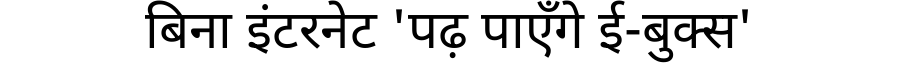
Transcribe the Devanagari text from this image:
बिना इंटरनेट 'पढ़ पाएँगे ई-बुक्स'